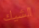
الشيك